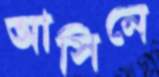
আসিনে